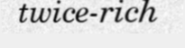
twice-rich